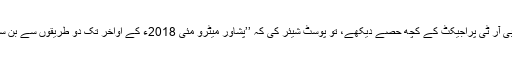
مَیں نے بی آر ٹی پراجیکٹ کے کچھ حصے دیکھے، تو پوسٹ شیئر کی کہ ’’پشاور میٹرو مئی 2018ء کے اواخر تک دو طریقوں سے بن سکتی ہے۔